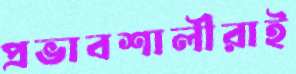
প্রভাবশালীরাই